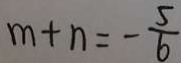
m + n = - \frac { 5 } { 6 }